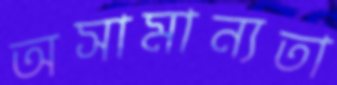
অসামান্যতা